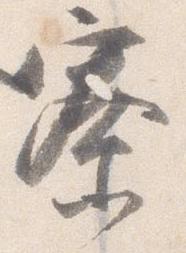
寮